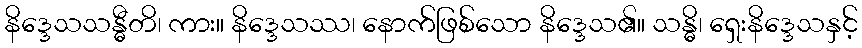
နိဒ္ဒေသသန္ဓီတိ၊ ကား။ နိဒ္ဒေသဿ၊ နောက်ဖြစ်သော နိဒ္ဒေသ၏။ သန္ဓိ၊ ရှေးနိဒ္ဒေသနှင့်